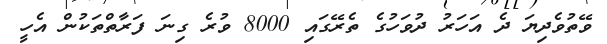
ވޭތުވެދިޔަ ދެ އަހަރު ދުވަހުގެ ތެރޭގައި 8000 ވުރެ ގިނަ ފަރާތްތަކުން އެހީ